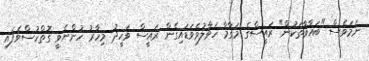
ނަމަވެސް "ބަޣާވާތަކުން" ރައީސްގެ މަގާމާ ހަވާލުވެވަޑައިގެން ރައީސް ވަހީދު މިހާރު ހުންނެވީ ގޮތްހުސްވެފައި